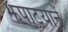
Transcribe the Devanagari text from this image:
झपाटयानें